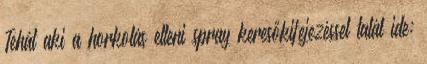
Tehát aki a horkolás elleni spray keresőkifejezéssel talál ide: